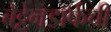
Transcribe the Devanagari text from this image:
बेट्टेनडॉर्फची